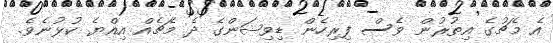
އެ މެޗުގެ އިތުރުން ވެސް ފިރިހެން ޑިވިޝަންގެ ދެ މެޗެއް އިއްޔެ ކުޅުނެވެ.